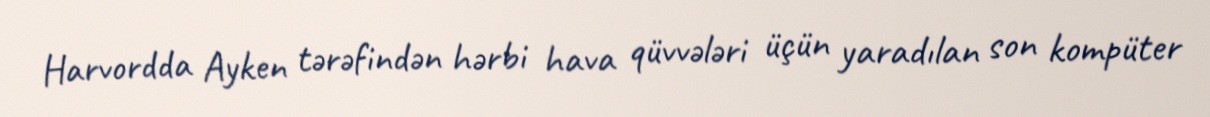
Harvordda Ayken tərəfindən hərbi hava qüvvələri üçün yaradılan son kompüter